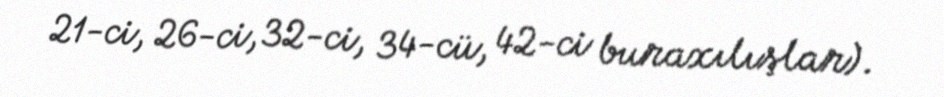
21-ci, 26-ci, 32-ci, 34-cü, 42-ci buraxılışlar).